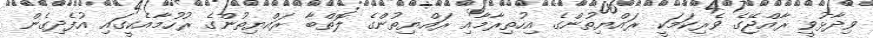
ވިދާޅުވީ ރާއްޖޭގެ ވެރިކަމަކީ ރައްޔިތުންގެ އިހުތިރާމާއި ރައްޔިތުންގެ ލޮތްބާ ރައްޔިތުންގެ ރުހުމާއެކީގައި އުފެދިގެން